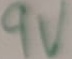
Text: 9V